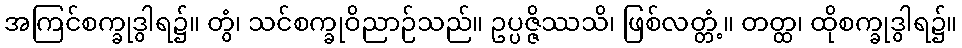
အကြင်စက္ခုဒွါရ၌။ တွံ၊ သင်စက္ခုဝိညာဉ်သည်။ ဥပ္ပဇ္ဇိဿသိ၊ ဖြစ်လတ္တံ့။ တတ္ထ၊ ထိုစက္ခုဒွါရ၌။